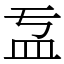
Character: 𥁄